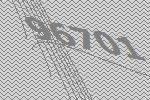
96701